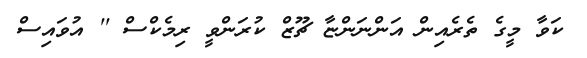
ކަވާ މީގެ ތެރެއިން އަންނަންޏާ ޗޫޒް ކުރަންވީ ރިމެކްސް '' އުވައިސް